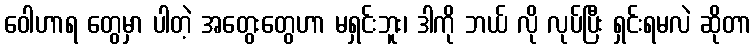
ဝေါဟာရ တွေမှာ ပါတဲ့ အတွေးတွေဟာ မရှင်းဘူး၊ ဒါကို ဘယ် လို လုပ်ပြီး ရှင်းရမလဲ ဆိုတာ